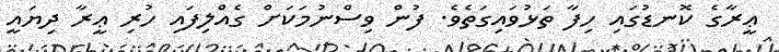
ޢީރާގެ ކޮނޑުގައި ހިފާ ތަޅުވައިގަތެވެ. ފުން ވިސްނުމަކަށް ގެއްލިފައި ހުރި ޢީރާ ދިޔައީ